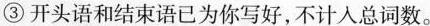
③开头语和结束语已为你写好，不计入总词数。